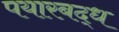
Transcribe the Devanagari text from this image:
पयारबद्ध